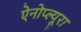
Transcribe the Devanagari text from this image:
ऐनोप्ल्यूरा